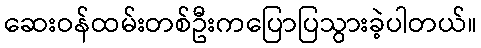
ဆေးဝန်ထမ်းတစ်ဦးကပြောပြသွားခဲ့ပါတယ်။